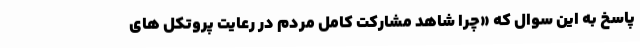
پاسخ به این سوال که «چرا شاهد مشارکت کامل مردم در رعایت پروتکل های